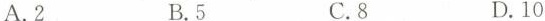
A. 2 B. 5 C. 8 D. 10